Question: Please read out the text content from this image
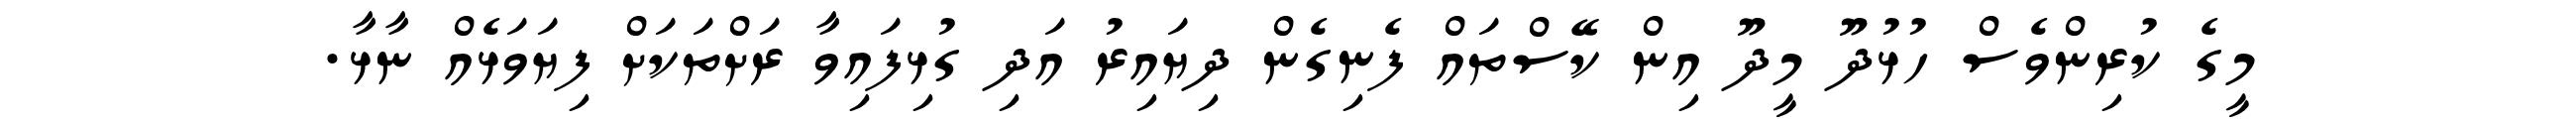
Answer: މީގެ ކުރިންވެސް ހުޅުދޫ މީދޫ އިން ކޭސްތައް ފެނިގެން ދިޔައިރު އަދި ގުޅިފައިވާ ރަށްތަކަށް ފިޔަވަޅެއް ނާޅާ.